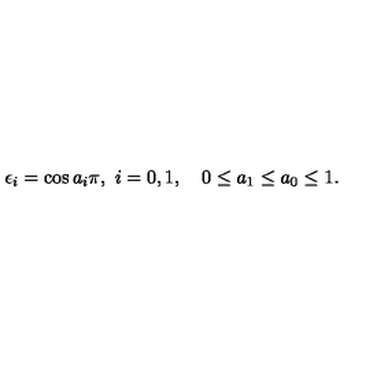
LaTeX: \epsilon _ { i } = \cos a _ { i } \pi , \ i = 0 , 1 , \quad 0 \le a _ { 1 } \le a _ { 0 } \le 1 .